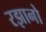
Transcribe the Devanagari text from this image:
रझानो